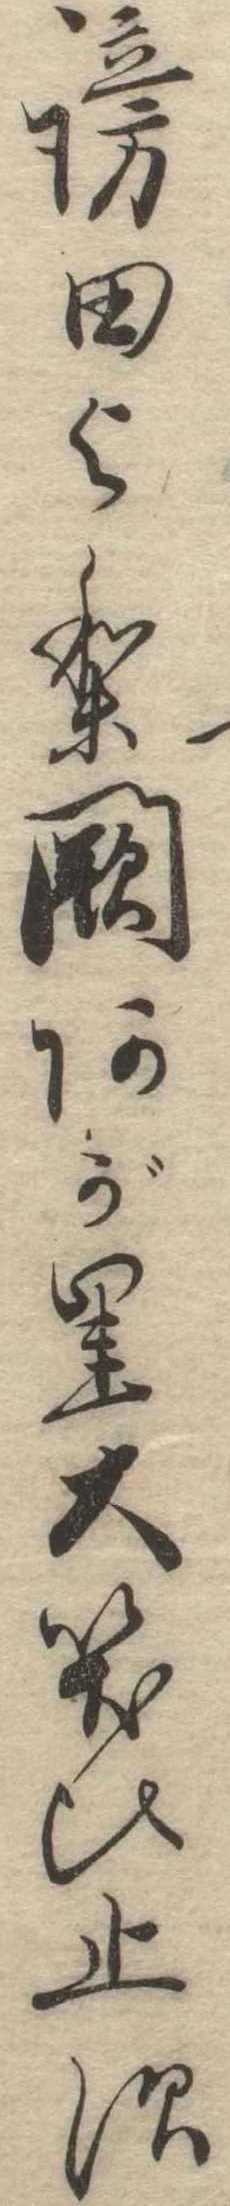
謗田より闕あがり大笑ひ止す